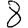
Digit: 8